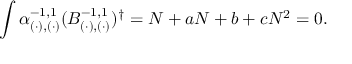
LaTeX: \int \alpha _ { ( \cdot ) , ( \cdot ) } ^ { - 1 , 1 } ( B _ { ( \cdot ) , ( \cdot ) } ^ { - 1 , 1 } ) ^ { \dagger } = N + a N + b + c N ^ { 2 } = 0 .